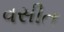
વસીત